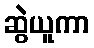
ဆွဲယူကာ